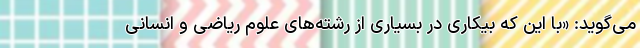
می‌گوید: «با این که بیکاری در بسیاری از رشته‌های علوم ریاضی و انسانی